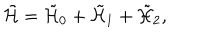
LaTeX: \tilde { \cal H } = \tilde { \cal H } _ { 0 } + \tilde { \cal H } _ { 1 } + \tilde { \cal H } _ { 2 } ,